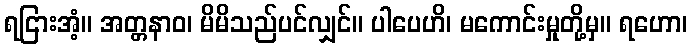
ရငြားအံ့။ အတ္တနာဝ၊ မိမိသည်ပင်လျှင်။ ပါပေဟိ၊ မကောင်းမှုတို့မှ။ ရဟော၊